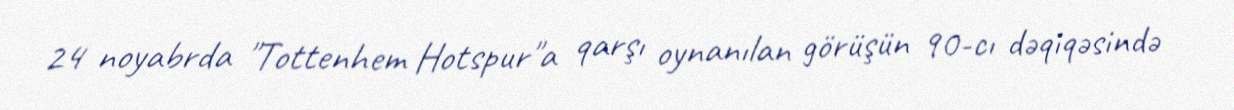
24 noyabrda "Tottenhem Hotspur"a qarşı oynanılan görüşün 90-cı dəqiqəsində